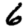
Digit: 6